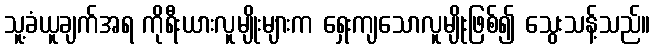
သူ့ခံယူချက်အရ ကိုရီးယားလူမျိုးများက ရှေးကျသောလူမျိုးဖြစ်၍ သွေးသန့်သည်။